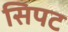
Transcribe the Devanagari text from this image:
सिपट